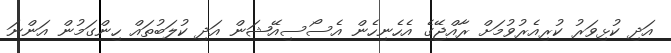
އަދި ކުޅިވަރު ކުރިއެރުވުމަށް ރާއްޖޭގެ އެހެނިހެން އެސޯސިއޭޝަން އަދި ކުލަބުތައް ހިންގަމުން އަންނަ